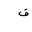
Letter: _fa